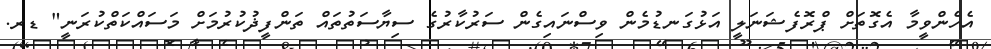
އެހެންވީމާ އެގޮތަށް ޕްރޮފެޝަނަލީ އަޅުގަނޑުމެން ވިސްނައިގެން ސަރުކާރުގެ ސިޔާސަތުތައް ތަންފީޛުކުރުމަށް މަސައްކަތްކުރަނީ" ޑރ.